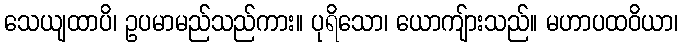
သေယျထာပိ၊ ဥပမာမည်သည်ကား။ ပုရိသော၊ ယောကျ်ားသည်။ မဟာပထဝိယာ၊